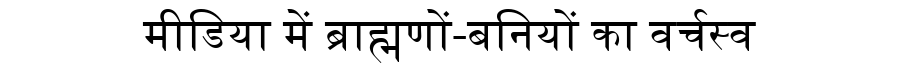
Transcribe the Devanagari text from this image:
मीडिया में ब्राह्मणों-बनियों का वर्चस्व